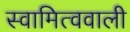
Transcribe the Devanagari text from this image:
स्वामित्ववाली